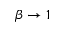
\beta \to 1